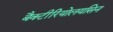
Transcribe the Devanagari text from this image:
बैक्टीरियोलयसिन